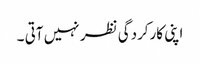
اپنی کارکردگی نظر نہیں آتی ۔